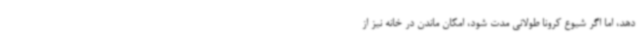
دهد، اما اگر شیوع کرونا طولانی مدت شود، امکان ماندن در خانه نیز از